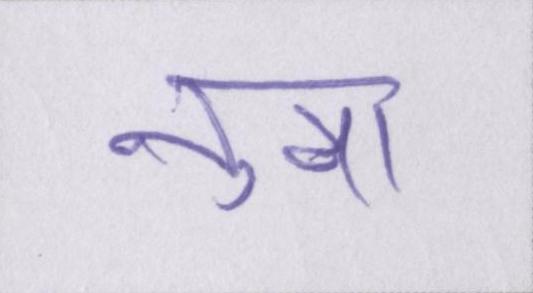
नुमा